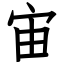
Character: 宙